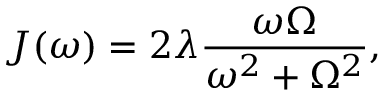
J ( \omega ) = 2 \lambda \frac { \omega \Omega } { \omega ^ { 2 } + \Omega ^ { 2 } } ,